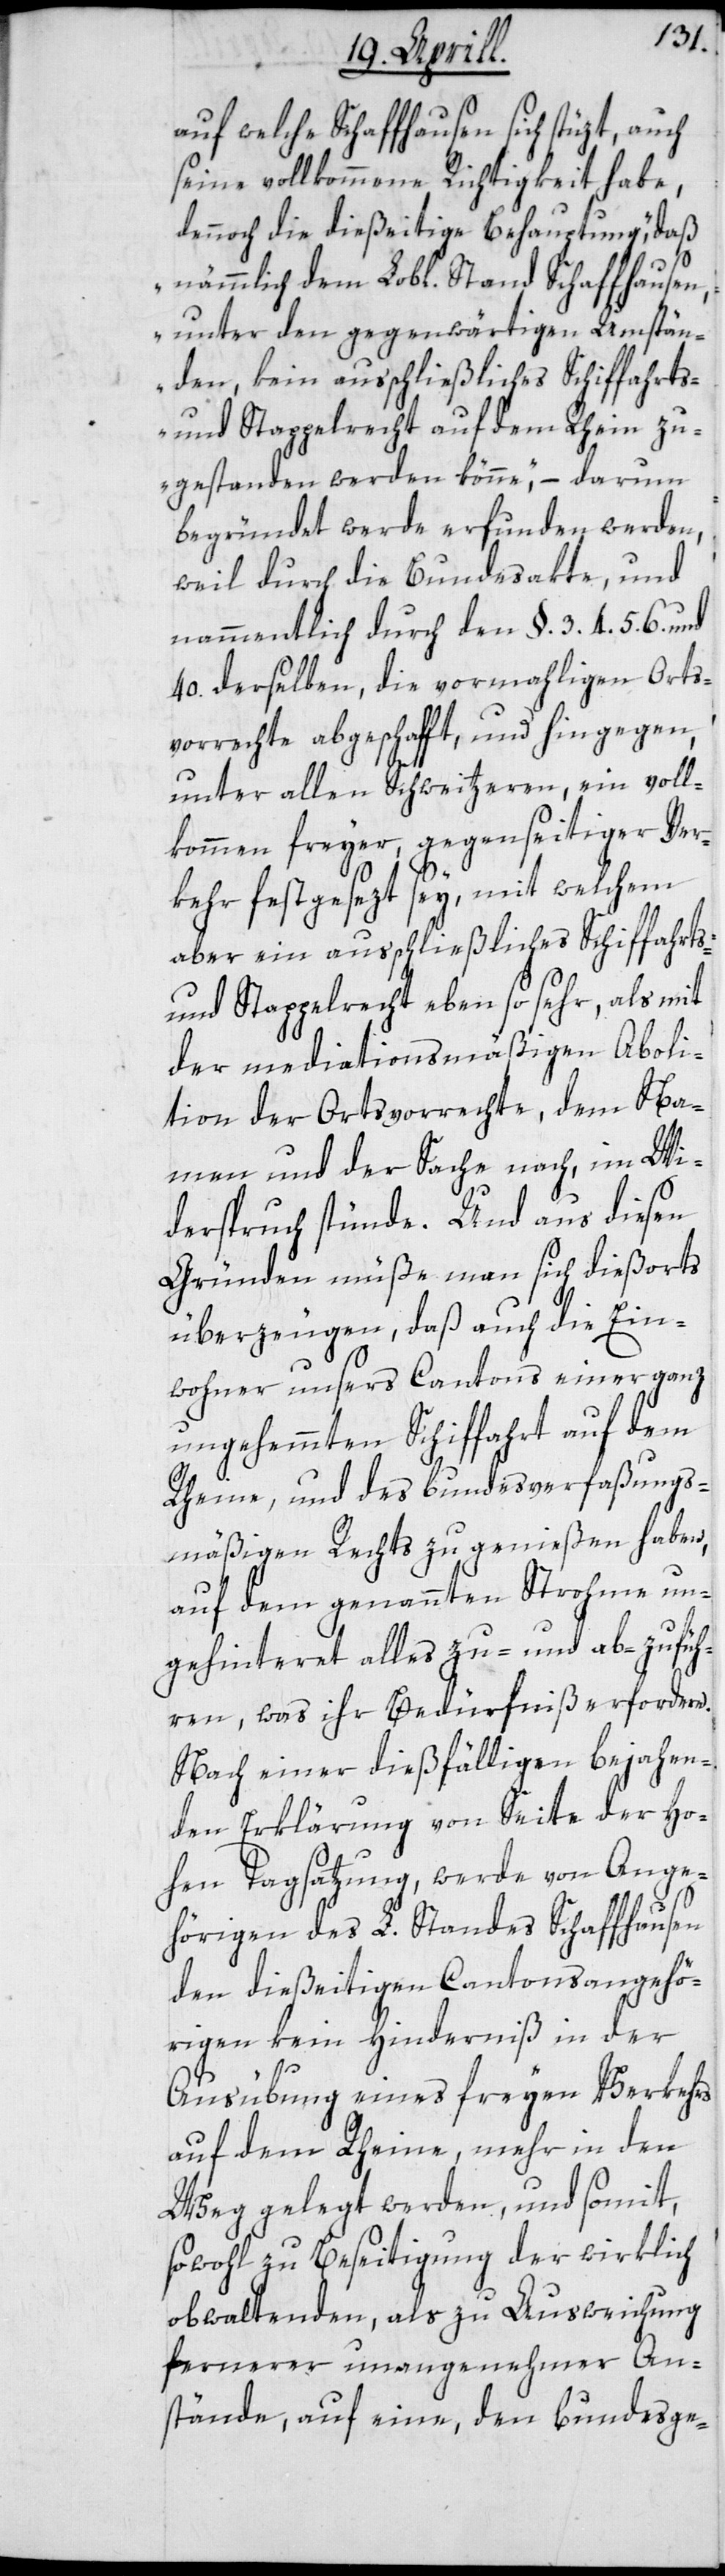
auf welche Schaffhausen sich stüzt, auch
seine vollkommene Richtigkeit habe,
dennoch die dießeitige Behauptung, „daß
nämmlich dem Lobl. Stand Schaffhausen,
unter den gegenwärtigen Umstän¬
den, kein ausschließliches Schiffahrts-
und Stappelrecht auf dem Rhein zu¬
gestanden werden könne“, – darum
begründet werde erfunden werden,
weil durch die Bundesakte und
nammentlich durch den § 3. 4. 5. 6 und
40. derselben, die vormahligen Orts¬
vorrechte abgeschafft, und hingegen,
unter allen Schweitzeren, ein voll¬
kommen freyer, gegenseitiger Ver¬
kehr festgesezt sey, mit welchem
aber ein ausschließliches Schiffahrts-
und Stappelrecht ebenso sehr, als mit
der mediationsmäßigen Aboli¬
tion der Ortsvorrechte, dem Na¬
men und der Sache nach, im Wi¬
derspruch stünde. Und aus diesen
Gründen müße man sich diesorts
überzeugen, daß auch die Ein¬
wohner unsers Cantons einer ganz
ungehemmten Schiffahrt auf dem
Rheine, und des bundesverfaßungs¬
mäßigen Rechts zu genießen haben,
auf dem genannten Strohme un¬
gehinteret alles zu- und abzufüh¬
ren, was ihr Bedürfniß erfordere.
Nach einer dießfälligen bejahen¬
den Erklärung von Seite der ho¬
hen Tagsatzung werde von Ange¬
hörigen des L. Standes Schaffhausen
den dießeitigen Cantonsangehö¬
rigen kein Hinderniß in der
Ausübung eines freyen Verkehrs
auf dem Rheine, mehr in den
Weg gelegt werden, und somit,
sowohl zu Beseitigung der wirklich
obwaltenden, als zu Ausweichung
fernerer unangenehmer An¬
stände, auf eine, den bundesge-